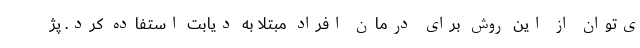
ی‌توان از این روش برای درمان افراد مبتلا به دیابت استفاده کرد. پژ